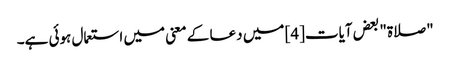
"صلاۃ" بعض آیات[4] میں دعا کے معنی میں استعمال ہوئی ہے۔